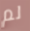
لم